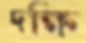
দক্ষি